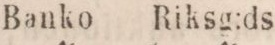
Banko    Riksg:ds